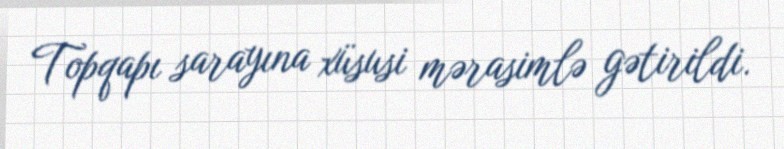
Topqapı sarayına xüsusi mərasimlə gətirildi.